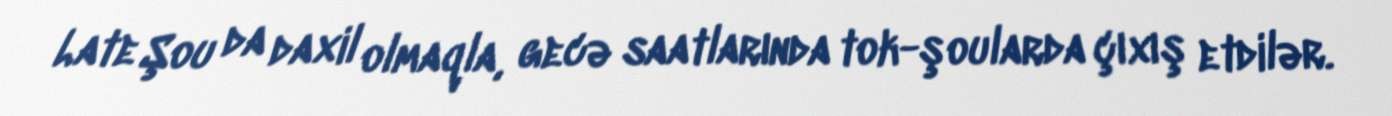
Late Şou da daxil olmaqla, gecə saatlarında tok-şoularda çıxış etdilər.